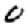
Digit: 0